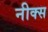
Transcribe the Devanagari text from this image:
नीक्स